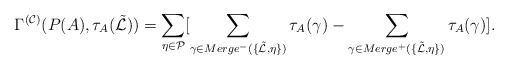
\begin{align*}\Gamma^{(\mathcal{C})}(P(A),\tau_A(\tilde{\mathcal{L}}))=\sum_{\eta \in \mathcal{P} }[ \sum_{\gamma \in Merge^-{(\{ \tilde{\mathcal{L}},\eta}\})}\tau_A(\gamma)-\sum_{\gamma \in Merge^+(\{\tilde{\mathcal{L}},\eta\})}\tau_A(\gamma)].\end{align*}